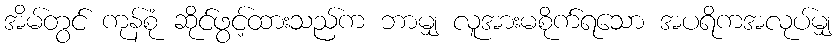
အိမ်တွင် ကုန်စုံ ဆိုင်ဖွင့်ထားသည်က ဘာမျှ လူအားမစိုက်ရသော အပရိကအလုပ်မျှ